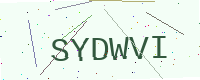
Text: SYDWVI